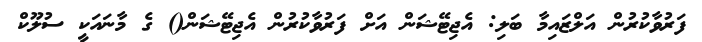
ފަރުވާކުރުން އަލްޒައިމާ ބަލި: އެޖިޓޭޝަން އަށް ފަރުވާކުރުން އެޖިޓޭޝަން() ގެ މާނައަކީ ސުލޫކް